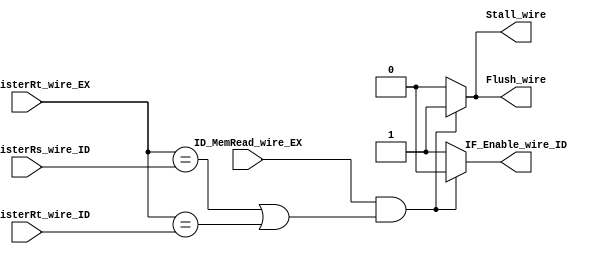

module HazardUnit
#(
	parameter N=5
)
(
	input ID_MemRead_wire_EX,
	input [N-1:0] ID_RegisterRt_wire_EX,
	input [N-1:0] IF_RegisterRs_wire_ID,
	input [N-1:0] IF_RegisterRt_wire_ID,
	
	output reg Flush_wire,
	output reg IF_Enable_wire_ID,
	output reg Stall_wire
);

	always@(ID_MemRead_wire_EX,
			ID_RegisterRt_wire_EX,
			IF_RegisterRs_wire_ID,
			IF_RegisterRt_wire_ID)
			begin
			
			if	(ID_MemRead_wire_EX &&
				(ID_RegisterRt_wire_EX == IF_RegisterRs_wire_ID ||ID_RegisterRt_wire_EX == IF_RegisterRt_wire_ID))
				begin
					Flush_wire = 1;
					IF_Enable_wire_ID = 0;
					Stall_wire = 1;
				end
			else
				begin
					Flush_wire = 0;
					IF_Enable_wire_ID = 1;
					Stall_wire = 0;
				end	
			end
endmodule